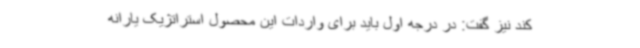
کند نیز گفت: در درجه اول باید برای واردات این محصول استراتژیک یارانه